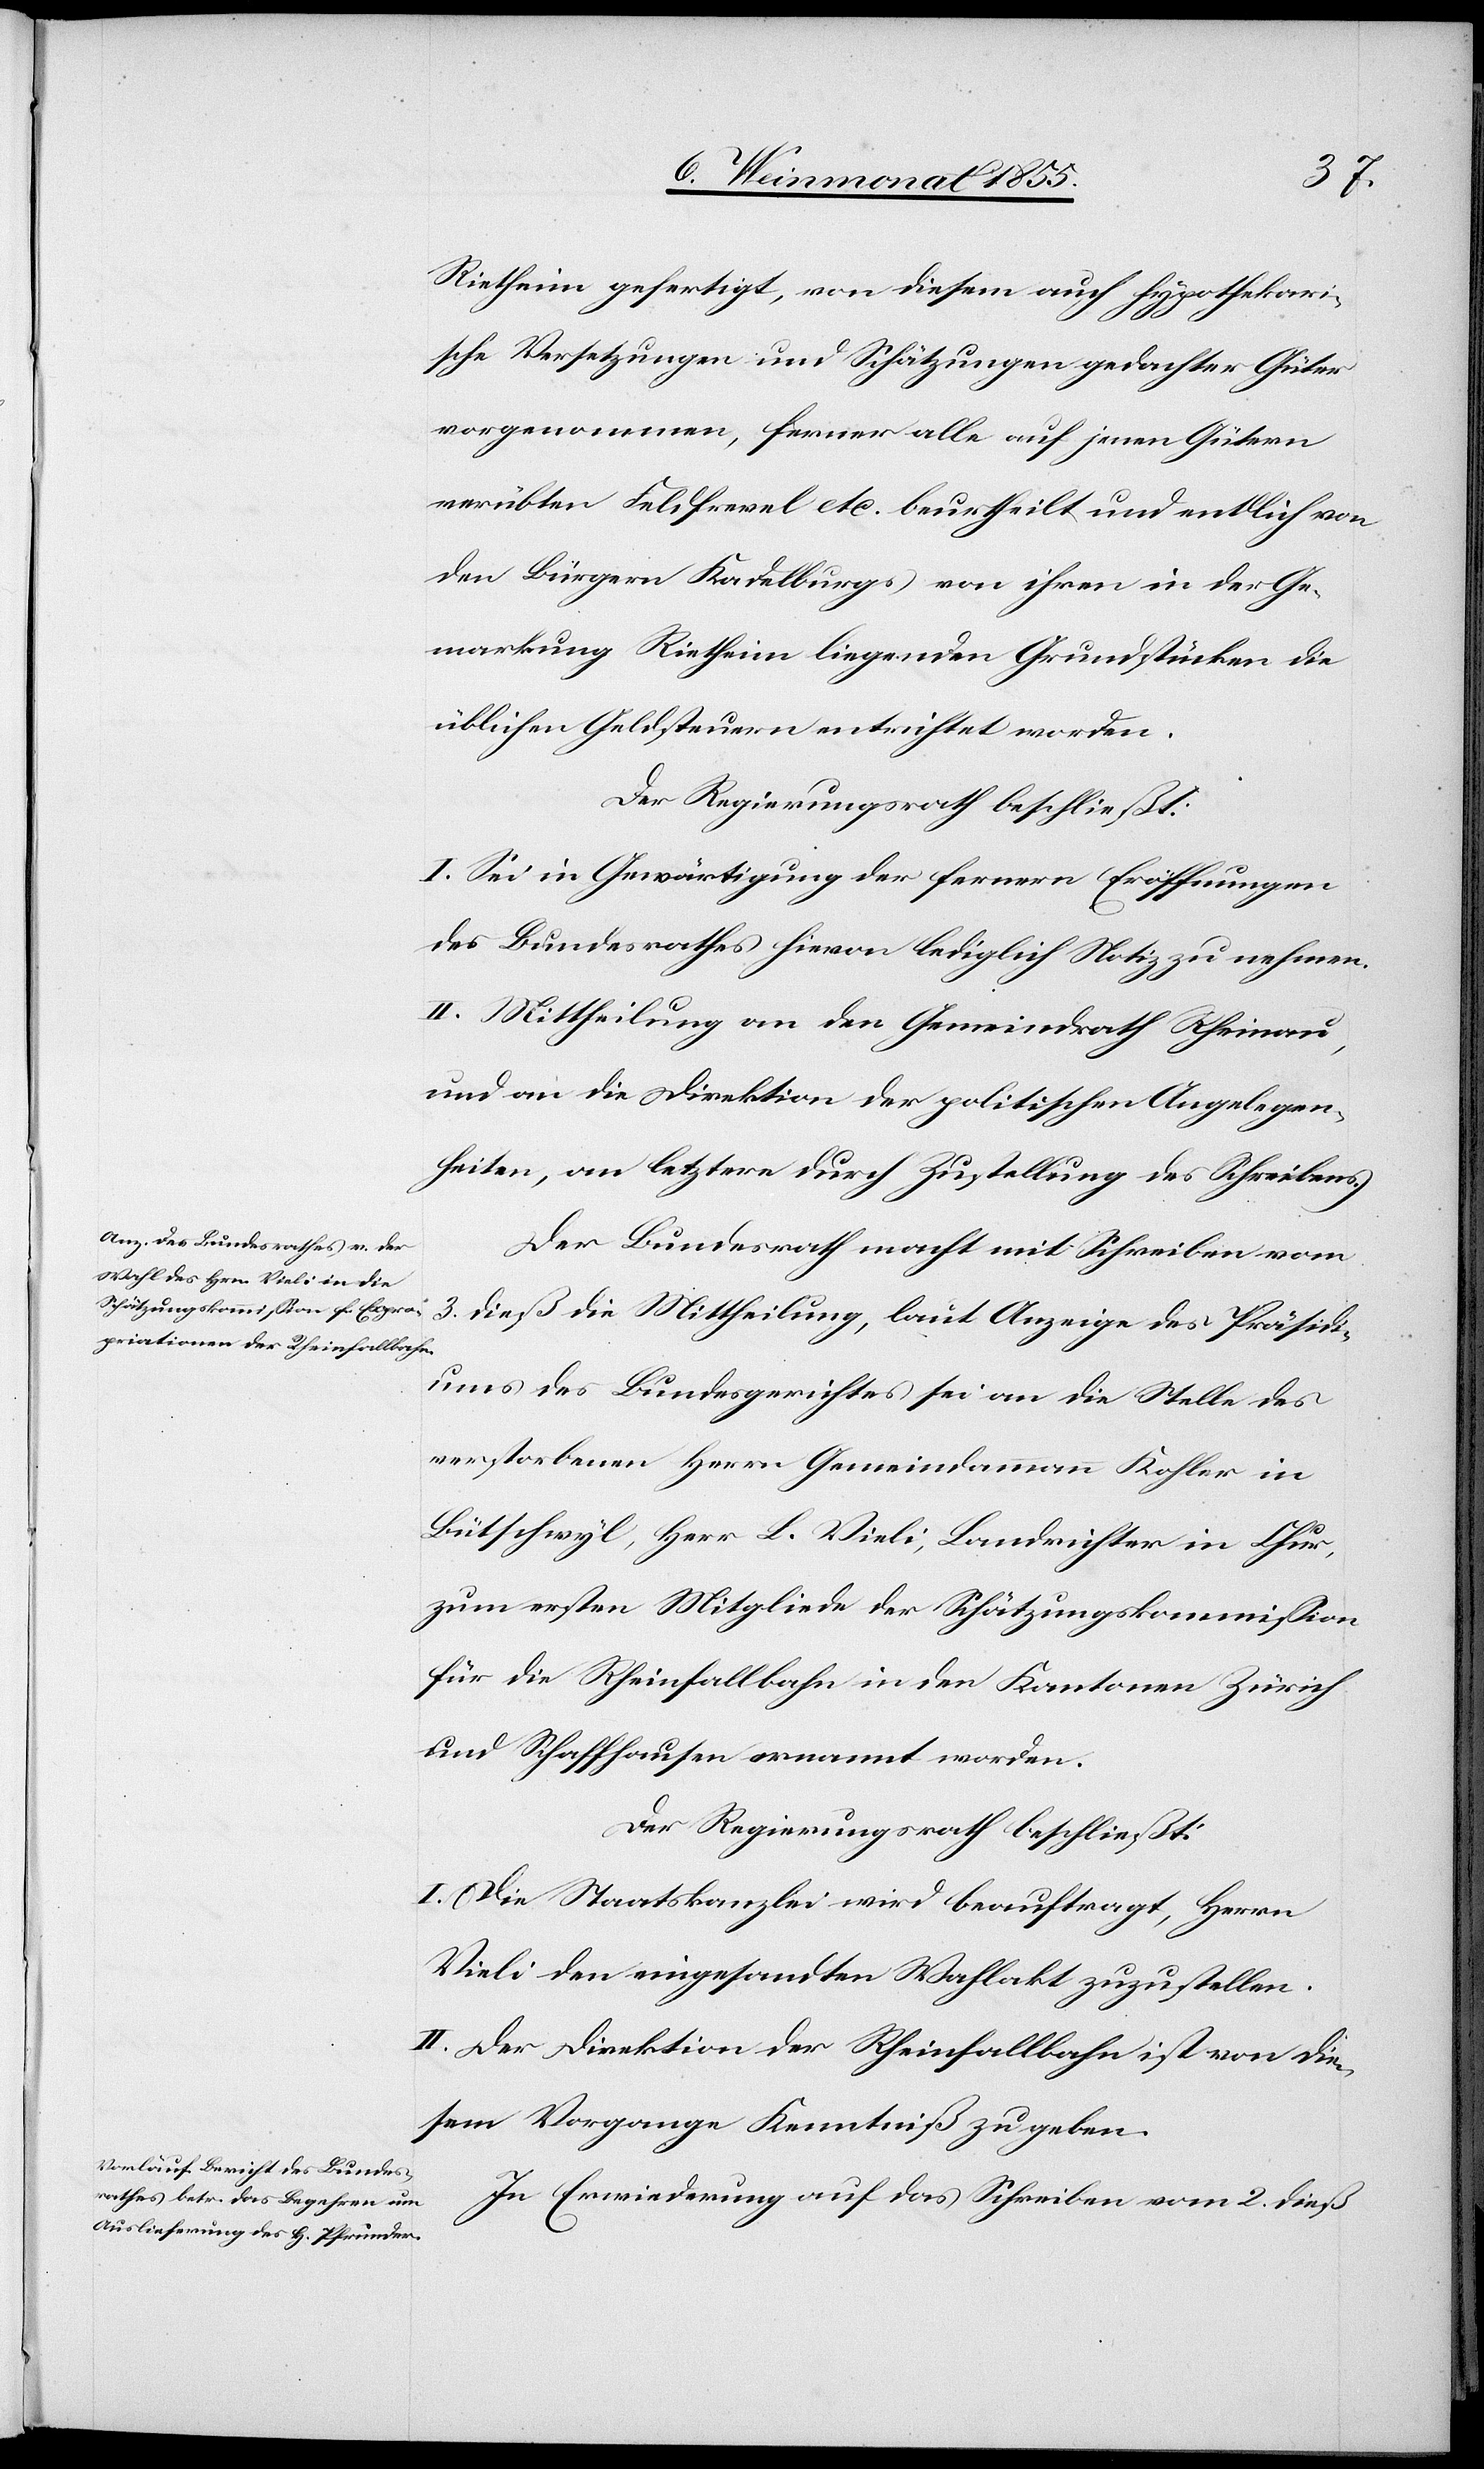
Rietheim gefertigt, von diesem auch hypothekari¬
sche Versetzungen und Schätzungen gedachter Güter
vorgenommen, ferner alle auf jenen Gütern
verübten Feldfrevel etc. beurtheilt und endlich von
den Bürgern Kadelburgs von ihren in der Ge¬
markung Rietheim liegenden Grundstücken die
üblichen Geldsteuern entrichtet worden.
Der Regierungsrath beschließt:
I. Sei in Gewärtigung der fernern Eröffnungen
des Bundesrathes hievon lediglich Notiz zu nehmen.
II. Mittheilung an den Gemeindrath Rheinau,
und an die Direktion der politischen Angelegen¬
heiten, an letztere durch Zustellung des Schreibens.
Der Bundesrath macht mit Schreiben vom
3. dieß die Mittheilung, laut Anzeige des Präsidi¬
ums des Bundesgerichtes sei an die Stelle des
verstorbenen Herrn Gemeindammann Kohler in
Bütschwyl, Herr L. Vieli, Landrichter in Chur,
zum ersten Mitgliede der Schätzungskommission
für die Rheinfallbahn in den Kantonen Zürich
und Schaffhausen ernannt worden.
Der Regierungsrath beschließt:
I. Die Staatskanzlei wird beauftragt, Herrn
Vieli den eingesandten Wahlakt zuzustellen.
II. Der Direktion der Rheinfallbahn ist von die¬
sem Vorgange Kenntniß zu geben.
In Erwiederung auf das Schreiben vom 2. dieß